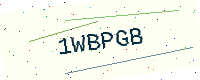
Text: 1WBPGB